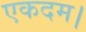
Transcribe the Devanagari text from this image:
एकदम।